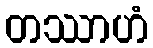
တဿာဟံ